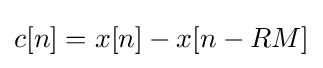
c[n]=x[n]-x[n-RM]